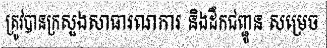
ត្រូវបានក្រសួងសាធារណការ និងដឹកជញ្ជូន សម្រេច